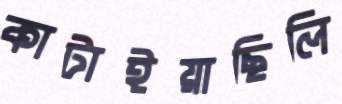
কাটাইয়াছিলি